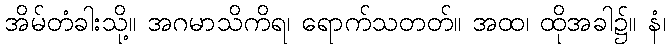
အိမ်တံခါးသို့။ အဂမာသိကိရ၊ ရောက်သတတ်။ အထ၊ ထိုအခါ၌။ နံ၊